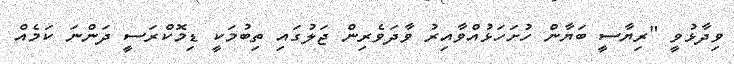
ވިދާޅުވީ "ރިޔާސީ ބަޔާން ހުށަހަޅުއްވާއިރު ވާދަވެރިން ޖަލުގައި ތިބުމަކީ ޑިމޮކްރަސީ ދަންނަ ކަމެއް